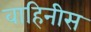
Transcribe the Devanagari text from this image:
वाहिनीस